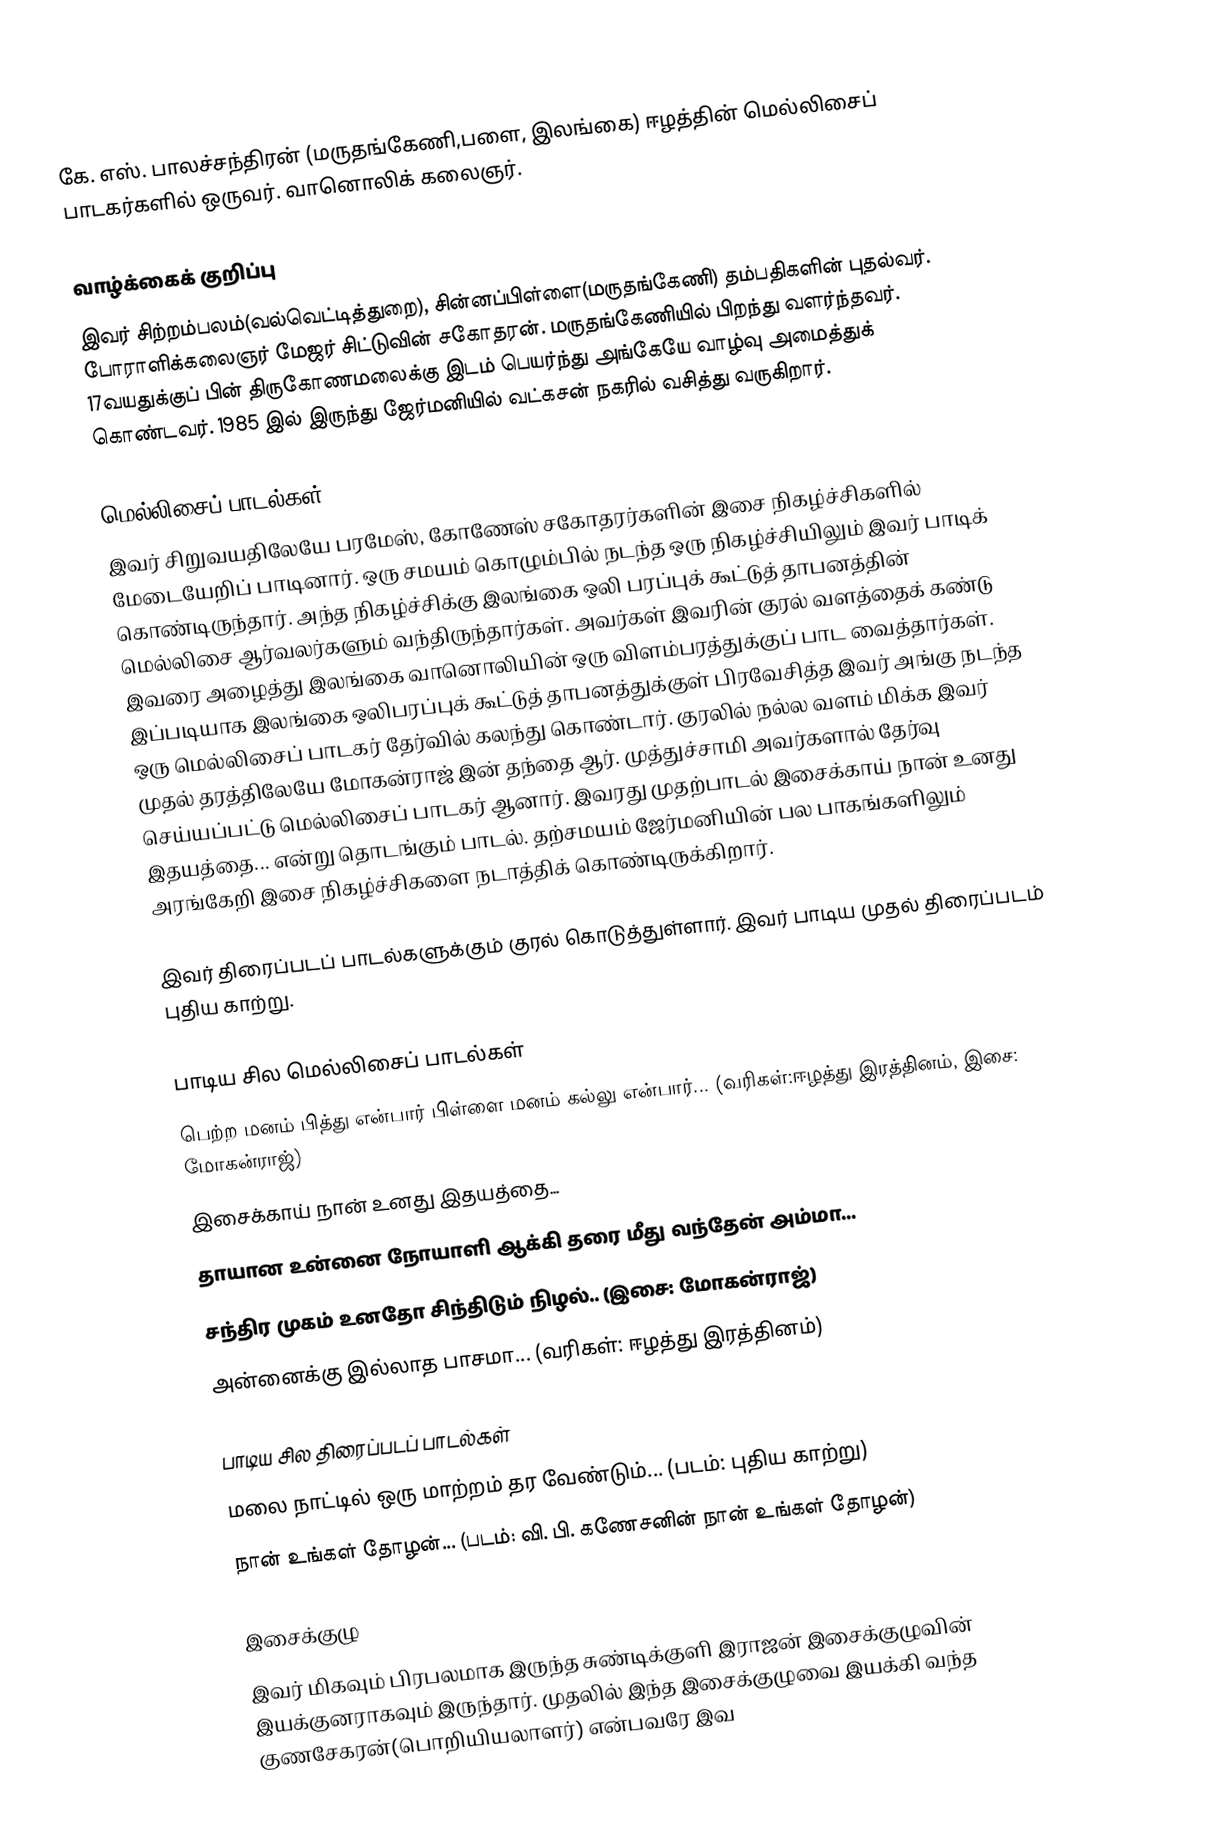
கே. எஸ். பாலச்சந்திரன் (மருதங்கேணி,பளை, இலங்கை)  ஈழத்தின் மெல்லிசைப் பாடகர்களில் ஒருவர். வானொலிக் கலைஞர்.

வாழ்க்கைக் குறிப்பு
இவர் சிற்றம்பலம்(வல்வெட்டித்துறை), சின்னப்பிள்ளை(மருதங்கேணி) தம்பதிகளின் புதல்வர். போராளிக்கலைஞர் மேஜர் சிட்டுவின் சகோதரன். மருதங்கேணியில் பிறந்து வளர்ந்தவர். 17வயதுக்குப் பின் திருகோணமலைக்கு இடம் பெயர்ந்து அங்கேயே வாழ்வு அமைத்துக் கொண்டவர். 1985 இல் இருந்து ஜேர்மனியில் வட்கசன் நகரில் வசித்து வருகிறார்.

மெல்லிசைப் பாடல்கள்
இவர் சிறுவயதிலேயே பரமேஸ், கோணேஸ் சகோதரர்களின் இசை நிகழ்ச்சிகளில் மேடையேறிப் பாடினார். ஒரு சமயம் கொழும்பில் நடந்த ஒரு நிகழ்ச்சியிலும் இவர் பாடிக் கொண்டிருந்தார். அந்த நிகழ்ச்சிக்கு இலங்கை ஒலி பரப்புக் கூட்டுத் தாபனத்தின் மெல்லிசை ஆர்வலர்களும் வந்திருந்தார்கள். அவர்கள் இவரின் குரல் வளத்தைக் கண்டு இவரை அழைத்து இலங்கை வானொலியின் ஒரு விளம்பரத்துக்குப் பாட வைத்தார்கள். இப்படியாக இலங்கை ஒலிபரப்புக் கூட்டுத் தாபனத்துக்குள் பிரவேசித்த இவர் அங்கு நடந்த ஒரு மெல்லிசைப் பாடகர் தேர்வில் கலந்து கொண்டார். குரலில் நல்ல வளம் மிக்க இவர் முதல் தரத்திலேயே மோகன்ராஜ் இன் தந்தை ஆர். முத்துச்சாமி அவர்களால் தேர்வு செய்யப்பட்டு மெல்லிசைப் பாடகர் ஆனார். இவரது முதற்பாடல் இசைக்காய் நான் உனது இதயத்தை... என்று தொடங்கும் பாடல். தற்சமயம் ஜேர்மனியின் பல பாகங்களிலும் அரங்கேறி இசை நிகழ்ச்சிகளை நடாத்திக் கொண்டிருக்கிறார்.

இவர் திரைப்படப் பாடல்களுக்கும் குரல் கொடுத்துள்ளார். இவர் பாடிய முதல் திரைப்படம் புதிய காற்று.

பாடிய சில மெல்லிசைப் பாடல்கள்
 பெற்ற மனம் பித்து என்பார் பிள்ளை மனம் கல்லு என்பார்... (வரிகள்:ஈழத்து இரத்தினம், இசை: மோகன்ராஜ்)
 இசைக்காய் நான் உனது இதயத்தை...
 தாயான உன்னை நோயாளி ஆக்கி தரை மீது வந்தேன் அம்மா...
 சந்திர முகம் உனதோ சிந்திடும் நிழல்.. (இசை: மோகன்ராஜ்)
 அன்னைக்கு இல்லாத பாசமா... (வரிகள்: ஈழத்து இரத்தினம்)

பாடிய சில திரைப்படப் பாடல்கள்
 மலை நாட்டில் ஒரு மாற்றம் தர வேண்டும்... (படம்: புதிய காற்று)
 நான் உங்கள் தோழன்... (படம்: வி. பி. கணேசனின் நான் உங்கள் தோழன்)

இசைக்குழு
இவர் மிகவும் பிரபலமாக இருந்த சுண்டிக்குளி இராஜன் இசைக்குழுவின் இயக்குனராகவும் இருந்தார். முதலில் இந்த இசைக்குழுவை இயக்கி வந்த குணசேகரன்(பொறியியலாளர்) என்பவரே இவ